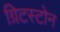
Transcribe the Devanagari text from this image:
ग्रिटस्टोन